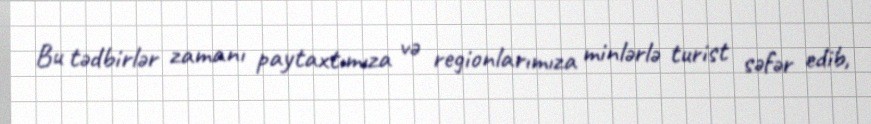
Bu tədbirlər zamanı paytaxtımıza və regionlarımıza minlərlə turist səfər edib,